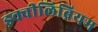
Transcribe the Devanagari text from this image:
इक्वीलिब्रियम